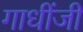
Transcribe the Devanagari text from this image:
गाधींजी